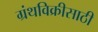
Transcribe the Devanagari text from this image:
ग्रंथविक्रीसाठी